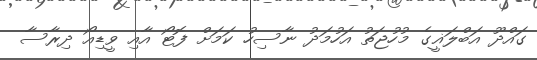
ގައްދޫ އަބްލަޣީގެ މުހުޖަތު އަހުމަދު ނާސިހު ކަމަށް ފޮޓޯ އާއި ވީޑިއޯ ދިރާސާ